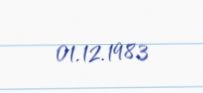
01.12.1983